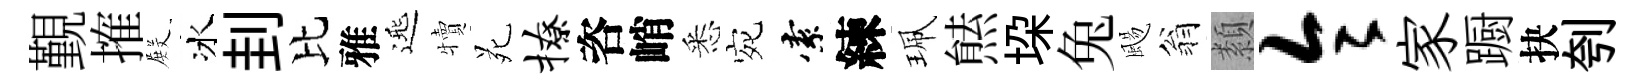
覲搉𭮺冰刲比雅𨓱犢苑撩咨峭悉宛索練珮㷱垜兔颺翁纇令家蹰抉刳